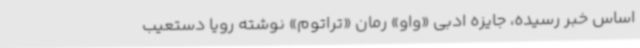
اساس خبر رسیده، جایزه ادبی «واو» رمان «تراتوم» نوشته‌ رویا دستعیب